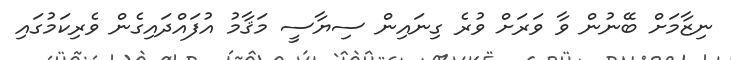
ނިޒާމަށް ބޭނުން ވާ ވަރަށް ވުރެ ގިނައިން ސިޔާސީ މަޤާމު އުފައްދައިގެން ވެރިކަމުގައި